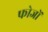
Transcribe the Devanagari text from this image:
फोजों